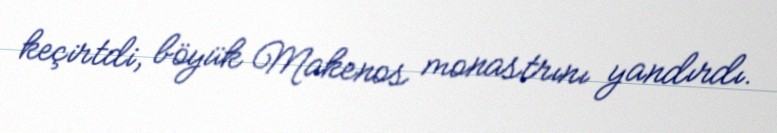
keçirtdi, böyük Makenos monastrını yandırdı.